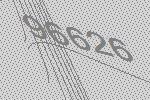
96626